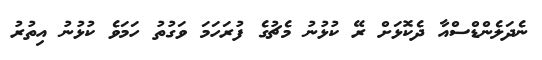
ނެދަލެންޑްސްއާ ދެކޮޅަށް ރޭ ކުޅުނު މެޗުގެ ފުރަހަމަ ވަގުތު ހަމަވެ ކުޅުނު އިތުރު